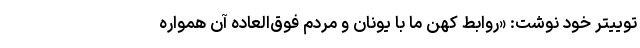
توییتر خود نوشت: «روابط کهن ما با یونان و مردم فوق‌العاده آن همواره